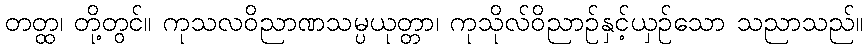
တတ္ထ၊ တို့တွင်။ ကုသလဝိညာဏသမ္ပယုတ္တာ၊ ကုသိုလ်ဝိညာဉ်နှင့်ယှဉ်သော သညာသည်။